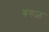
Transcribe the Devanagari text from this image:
बगळ